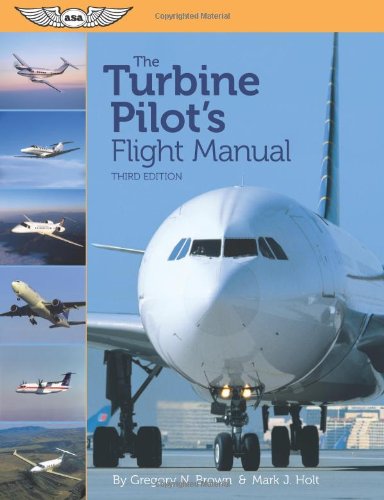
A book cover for The Turbine Pilot's Flight Manual; Gregory N. Brown; Engineering & Transportation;